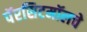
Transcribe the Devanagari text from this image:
पॅरसिटमॉलचे